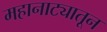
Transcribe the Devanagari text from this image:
महानाट्यातून